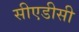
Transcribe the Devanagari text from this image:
सीएडीसी